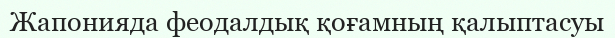
Жапонияда феодалдық қоғамның қалыптасуы